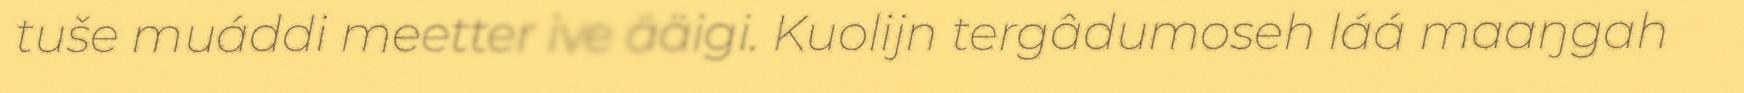
tuše muáddi meetter ive ääigi. Kuolijn tergâdumoseh láá maaŋgah